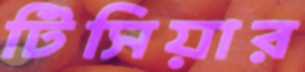
টিসিয়ার